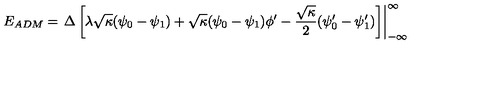
E _ { A D M } = \left. { \Delta } \left[ { \lambda } \sqrt { \kappa } ( { \psi } _ { 0 } - { \psi } _ { 1 } ) + \sqrt { \kappa } ( { \psi } _ { 0 } - { \psi } _ { 1 } ) { \phi } ^ { \prime } - \frac { \sqrt { \kappa } } { 2 } ( { \psi } _ { 0 } ^ { \prime } - { \psi } _ { 1 } ^ { \prime } ) \right] \right| _ { - \infty } ^ { \infty }